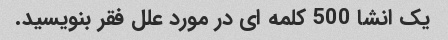
یک انشا 500 کلمه ای در مورد علل فقر بنویسید.